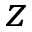
z